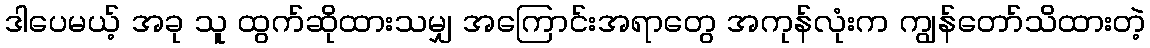
ဒါပေမယ့် အခု သူ ထွက်ဆိုထားသမျှ အကြောင်းအရာတွေ အကုန်လုံးက ကျွန်တော်သိထားတဲ့